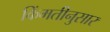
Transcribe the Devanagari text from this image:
किंमतीनुसार